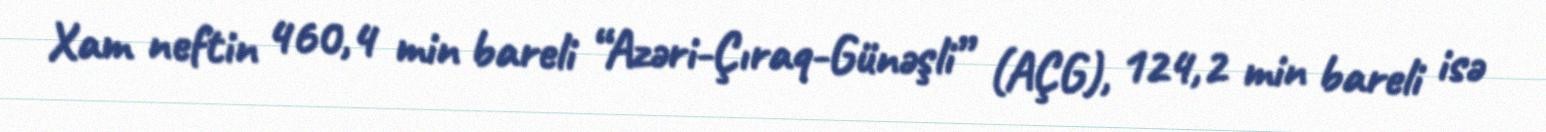
Xam neftin 460,4 min bareli “Azəri-Çıraq-Günəşli” (AÇG), 124,2 min bareli isə